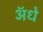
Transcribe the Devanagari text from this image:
ॲधे